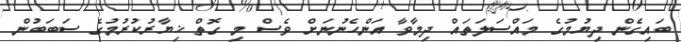
ބައިގެން ދިޔުމުގެ މައްސަލަތައް ދިމާވާ އަންހެނުނަށް ވެސް މި ގޮތް ޚިޔާރުކުރުމުގެ ސަބަބުން